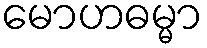
မောဟဓမ္မာ